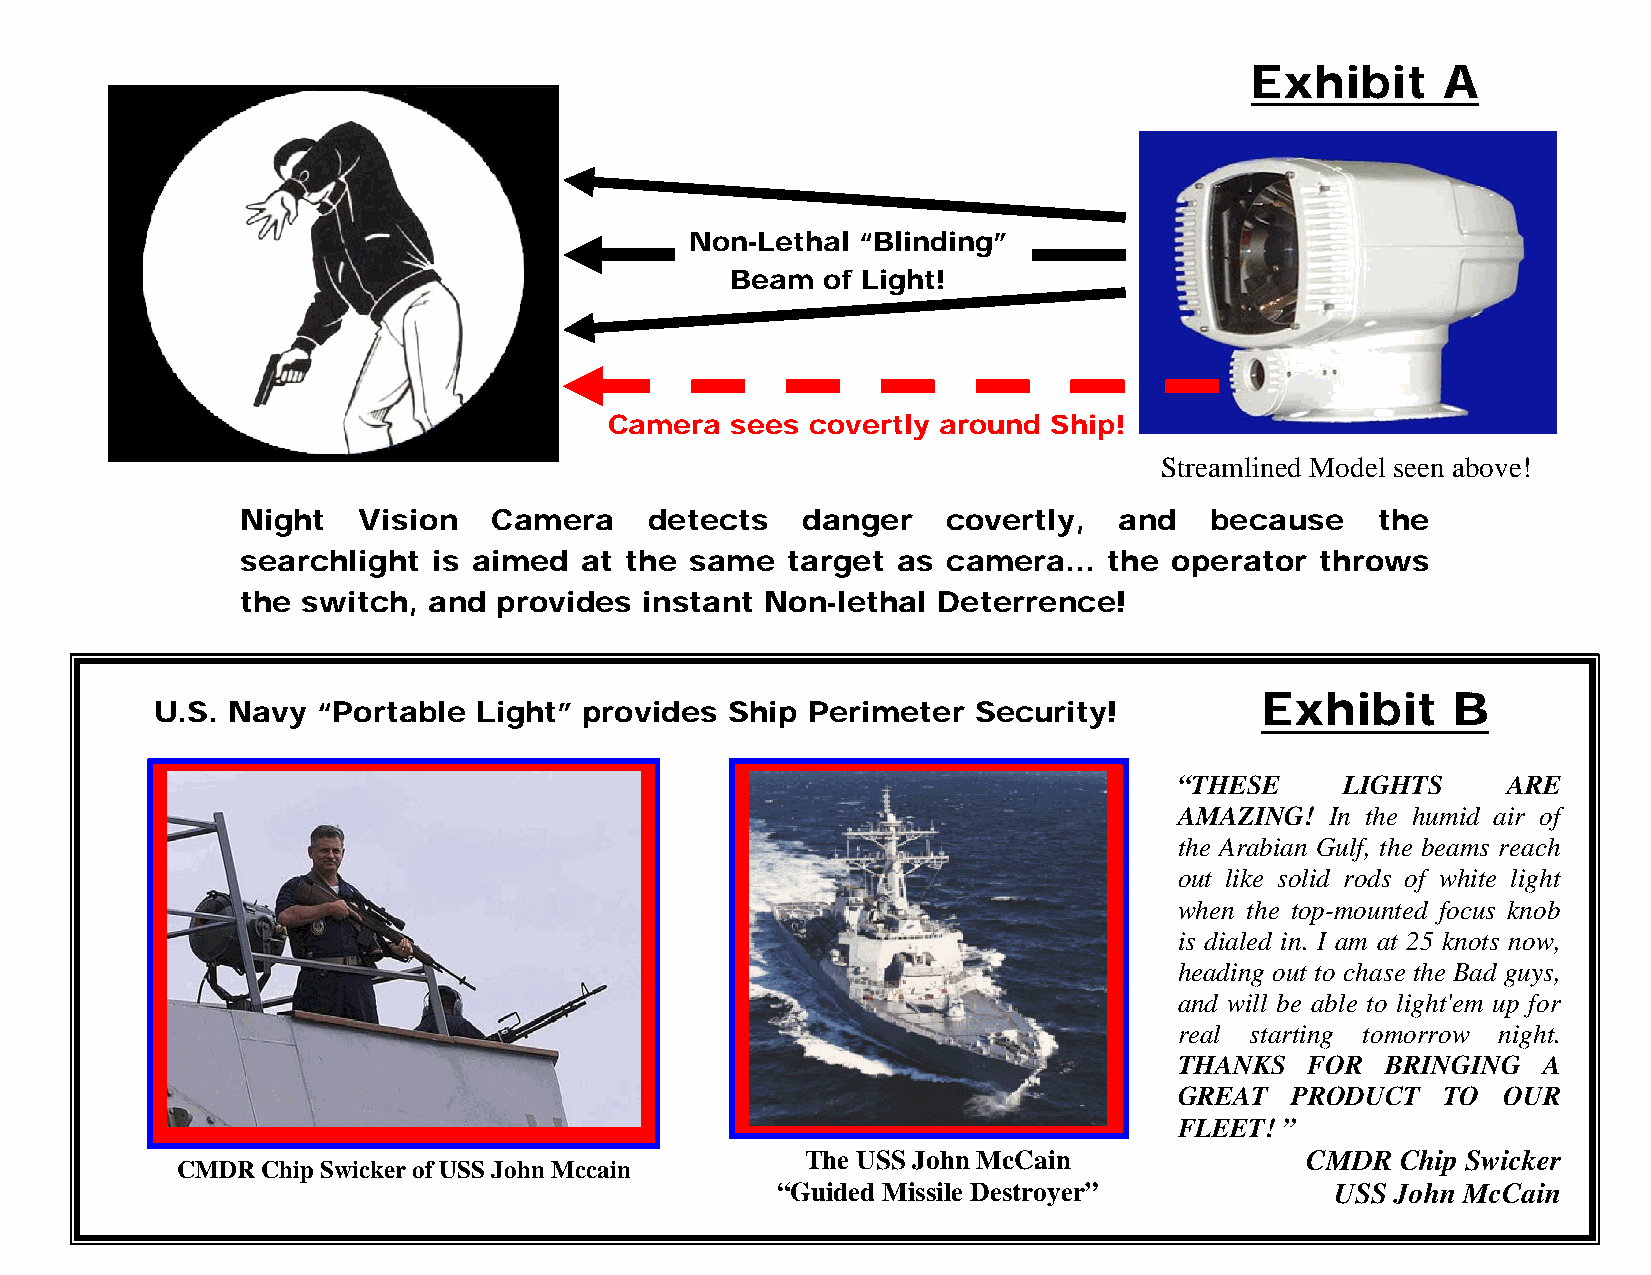
Exhibit     A
 Non-Lethal “Blinding”
 Beam  of Light!
 Camera  sees  covertly around Ship!
 Streamlined Model seen above!
 Night   Vision   Camera    detects   danger    covertly,  and   because    the
 searchlight  is aimed at the  same  target as  camera... the operator  throws
 the switch, and  provides  instant Non-lethal Deterrence!
 Exhibit      B
 U.S. Navy  “Portable  Light” provides Ship Perimeter  Security!
 “THESE     LIGHTS     ARE
 AMAZING!  In the humid air of
 the Arabian Gulf, the beams reach
 out like solid rods of white light
 when the top-mounted focus knob
 is dialed in. I am at 25 knots now,
 heading out to chase the Bad guys,
 and will be able to light'em up for
 real starting tomorrow night.
 THANKS   FOR  BRINGING  A
 GREAT   PRODUCT   TO OUR
 FLEET! ”
 The USS John McCain              CMDR   Chip Swicker
 CMDR Chip Swicker of USS John Mccain
 “Guided Missile Destroyer”           USS John McCain